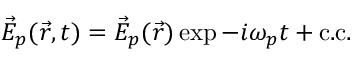
\vec { E } _ { p } ( \vec { r } , t ) = \vec { E } _ { p } ( \vec { r } ) \exp { - i \omega _ { p } t } + \mathrm { c . c . }